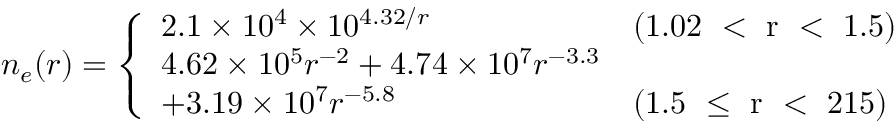
n _ { e } ( r ) = \left\{ \begin{array} { l l } { 2 . 1 \times 1 0 ^ { 4 } \times 1 0 ^ { 4 . 3 2 / r } } & { \mathrm { ( 1 . 0 2 ~ < ~ r ~ < ~ 1 . 5 ) } } \\ { 4 . 6 2 \times 1 0 ^ { 5 } r ^ { - 2 } + 4 . 7 4 \times 1 0 ^ { 7 } r ^ { - 3 . 3 } } \\ { + 3 . 1 9 \times 1 0 ^ { 7 } r ^ { - 5 . 8 } } & { \mathrm { ( 1 . 5 ~ \leq ~ r ~ < ~ 2 1 5 ) } } \end{array} \right.